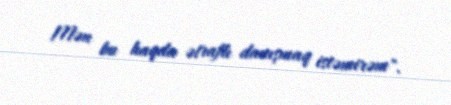
Mən bu haqda ətraflı danışmaq istəmirəm".